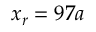
x _ { r } = 9 7 a